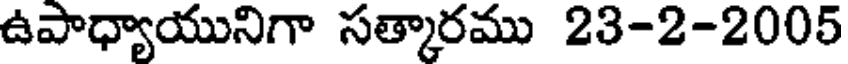
ఉపాధ్యాయునిగా సత్కారము 23-2-2005